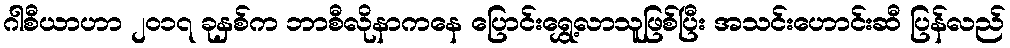
ဂါစီယာဟာ ၂၀၁၇ ခုနှစ်က ဘာစီလိုနာကနေ ပြောင်းရွှေ့လာသူဖြစ်ပြီး အသင်းဟောင်းဆီ ပြန်လည်